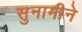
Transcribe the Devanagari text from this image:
सुनामीने